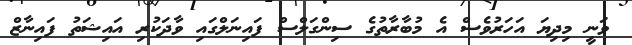
ވަނީ މިދިޔަ އަހަރުވެސް އެ މުބާރާތުގެ ސިންގަލްސް ފައިނަލްގައި ވާދަކުރި އައިޝަތު ފައިނާޒް